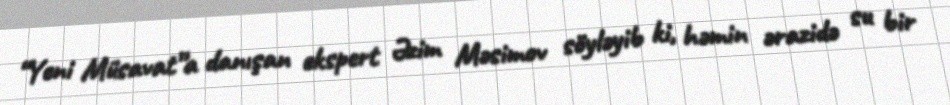
“Yeni Müsavat”a danışan ekspert Əzim Məsimov söyləyib ki, həmin ərazidə su bir